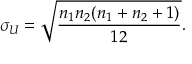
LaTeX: \sigma _ { U } = { \sqrt { \frac { n _ { 1 } n _ { 2 } ( n _ { 1 } + n _ { 2 } + 1 ) } { 1 2 } } } .